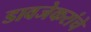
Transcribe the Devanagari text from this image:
डावजेकरांचे